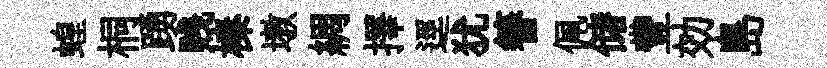
蝗桐踴贱榛墩綢擇逕犹簮佩储豐効島